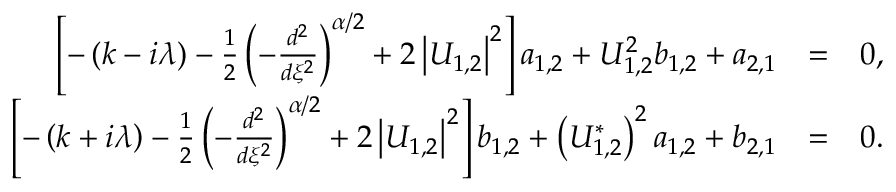
\begin{array} { r l r } { \left[ - \left( k - i \lambda \right) - \frac { 1 } { 2 } \left( - \frac { d ^ { 2 } } { d \xi ^ { 2 } } \right) ^ { \alpha / 2 } + 2 \left\vert U _ { 1 , 2 } \right\vert ^ { 2 } \right] a _ { 1 , 2 } + U _ { 1 , 2 } ^ { 2 } b _ { 1 , 2 } + a _ { 2 , 1 } } & { = } & { 0 , } \\ { \left[ - \left( k + i \lambda \right) - \frac { 1 } { 2 } \left( - \frac { d ^ { 2 } } { d \xi ^ { 2 } } \right) ^ { \alpha / 2 } + 2 \left\vert U _ { 1 , 2 } \right\vert ^ { 2 } \right] b _ { 1 , 2 } + \left( U _ { 1 , 2 } ^ { \ast } \right) ^ { 2 } a _ { 1 , 2 } + b _ { 2 , 1 } } & { = } & { 0 . } \end{array}